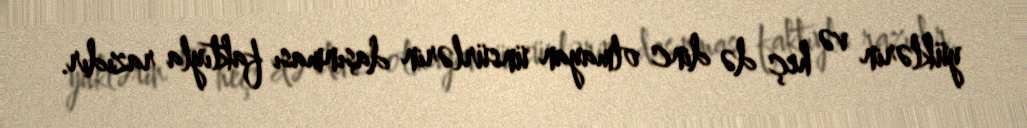
yüklərin və heç də dinc olmayan ünsürlərin daşınması faktıyla razıdır.